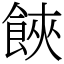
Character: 𩛩